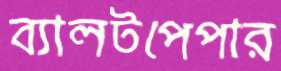
ব্যালটপেপার